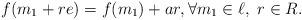
LaTeX: \begin{align*}f(m_1 + re) = f(m_1) + ar, \forall m_1 \in \ell, \ r \in R. \end{align*}